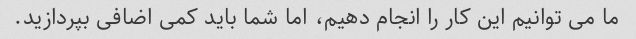
ما می توانیم این کار را انجام دهیم، اما شما باید کمی اضافی بپردازید.